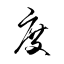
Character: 度